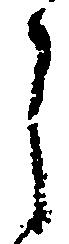
う